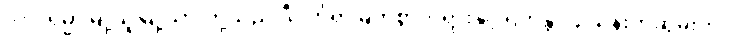
၁၆။ ရမ္မာမြို့သူမြို့သားတို့သည် ဒီပင်္ကရာမြတ်စွာဘုရားနှင့် ရဟန္တာ ၄ သိန်းကိုဆွမ်းကပ်